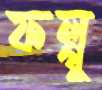
ফল্গু